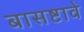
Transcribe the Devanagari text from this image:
बासष्टावे